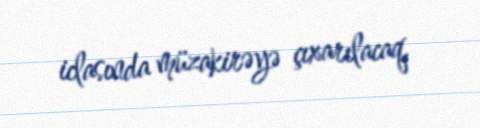
iclasında müzakirəyə çıxarılacaq.